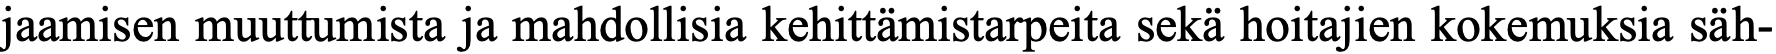
jaamisen muuttumista ja mahdollisia kehittämistarpeita sekä hoitajien kokemuksia säh-